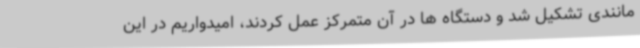
مانندی تشکیل شد و دستگاه ها در آن متمرکز عمل کردند، امیدواریم در این